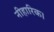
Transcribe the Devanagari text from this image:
नीहारिक।